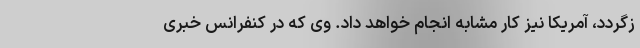
زگردد، آمریکا نیز کار مشابه انجام خواهد داد. وی که در کنفرانس خبری